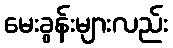
မေးခွန်းများလည်း